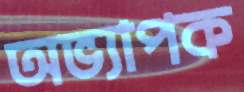
অভ্যাপক